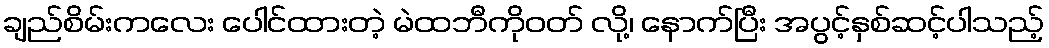
ချည်စိမ်းကလေး ပေါင်ထားတဲ့ မဲထဘီကိုဝတ် လို့၊ နောက်ပြီး အပွင့်နှစ်ဆင့်ပါသည့်